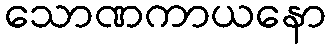
သောဏကာယနော